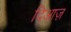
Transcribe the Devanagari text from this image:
दिआज़